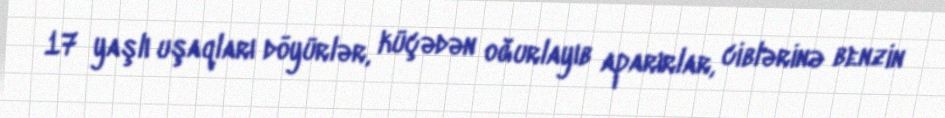
17 yaşlı uşaqları döyürlər, küçədən oğurlayıb aparırlar, ciblərinə benzin